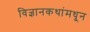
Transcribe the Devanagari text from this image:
विज्ञानकथांमधून